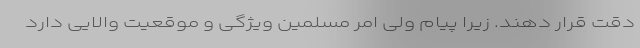
دقت قرار دهند. زیرا پیام ولی امر مسلمین ویژگی و موقعیت والایی دارد